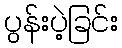
ပွန်းပဲ့ခြင်း